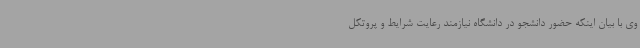
وی با بیان اینکه حضور دانشجو در دانشگاه نیازمند رعایت شرایط و پروتکل